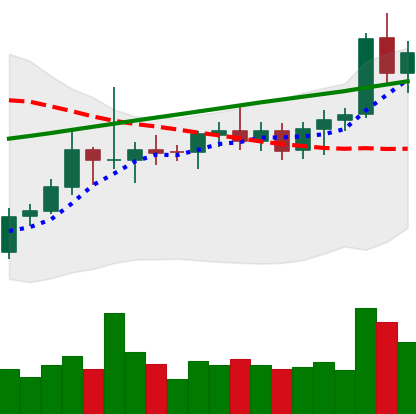
Ticker: ETC-USD
Chart end date: 2021-08-09
Forward return: 13.4%
Label: up_7plus